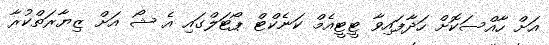
އަށް ހާއްސަކޮށް ހަދާފައިވާ ޓީޓީއެމް ކަނެކްޓް ޕޯޓަލްގައި އެ ޝޯ އަށް ޒިޔާރަތްކުރާ